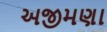
અજીમણા